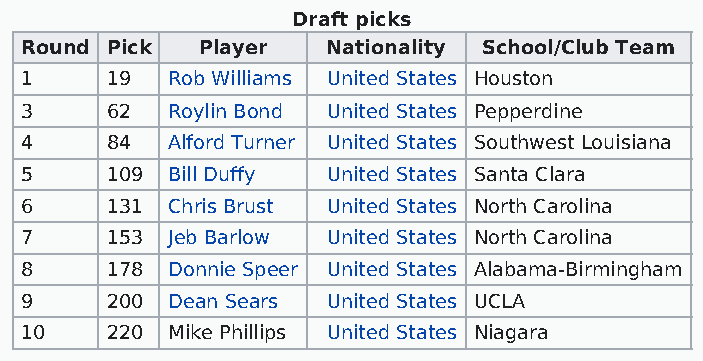
Draft picks
 Round Pick  Player   Nationality School/Club Team
 1     19  Rob Williams United States Houston
 3     62  Roylin Bond United States Pepperdine
 4     84  Alford Turner United States Southwest Louisiana
 5     109 Bill Duffy United States Santa Clara
 6     131 Chris Brust United States North Carolina
 7     153 Jeb Barlow United States North Carolina
 8     178 Donnie Speer United States Alabama-Birmingham
 9     200 Dean Sears United States UCLA
 10    220 Mike Phillips United States Niagara